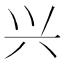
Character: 兴